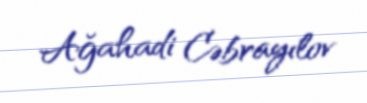
Ağahadi Cəbrayılov